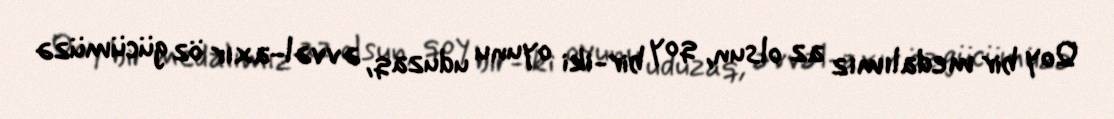
Qoy bir medalımız az olsun, qoy bir-iki oyunu uduzaq, əvvəl-axır öz gücümüzə